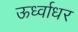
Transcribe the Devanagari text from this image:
ऊर्ध्‍वाधर